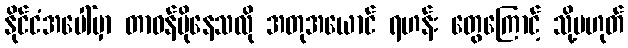
နိုင်ငံအပေါ်မှာ တာဝန်ပိုနေသလို အတုအယောင် ရဟန်း တွေကြောင့် သို့မဟုတ်